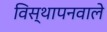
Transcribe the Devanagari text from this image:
विस्थापनवाले